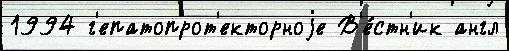
1994 г'епатопрот'екторноjе В'е́стн'ик англ